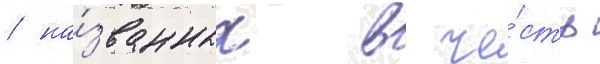
/ на́званных в че́сть